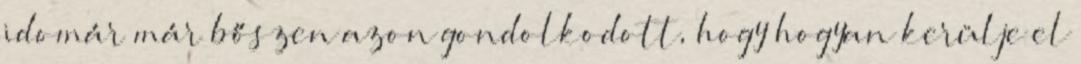
idomár már bőszen azon gondolkodott, hogy hogyan kerülje el